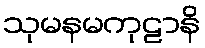
သုမနမကုဠာနိ